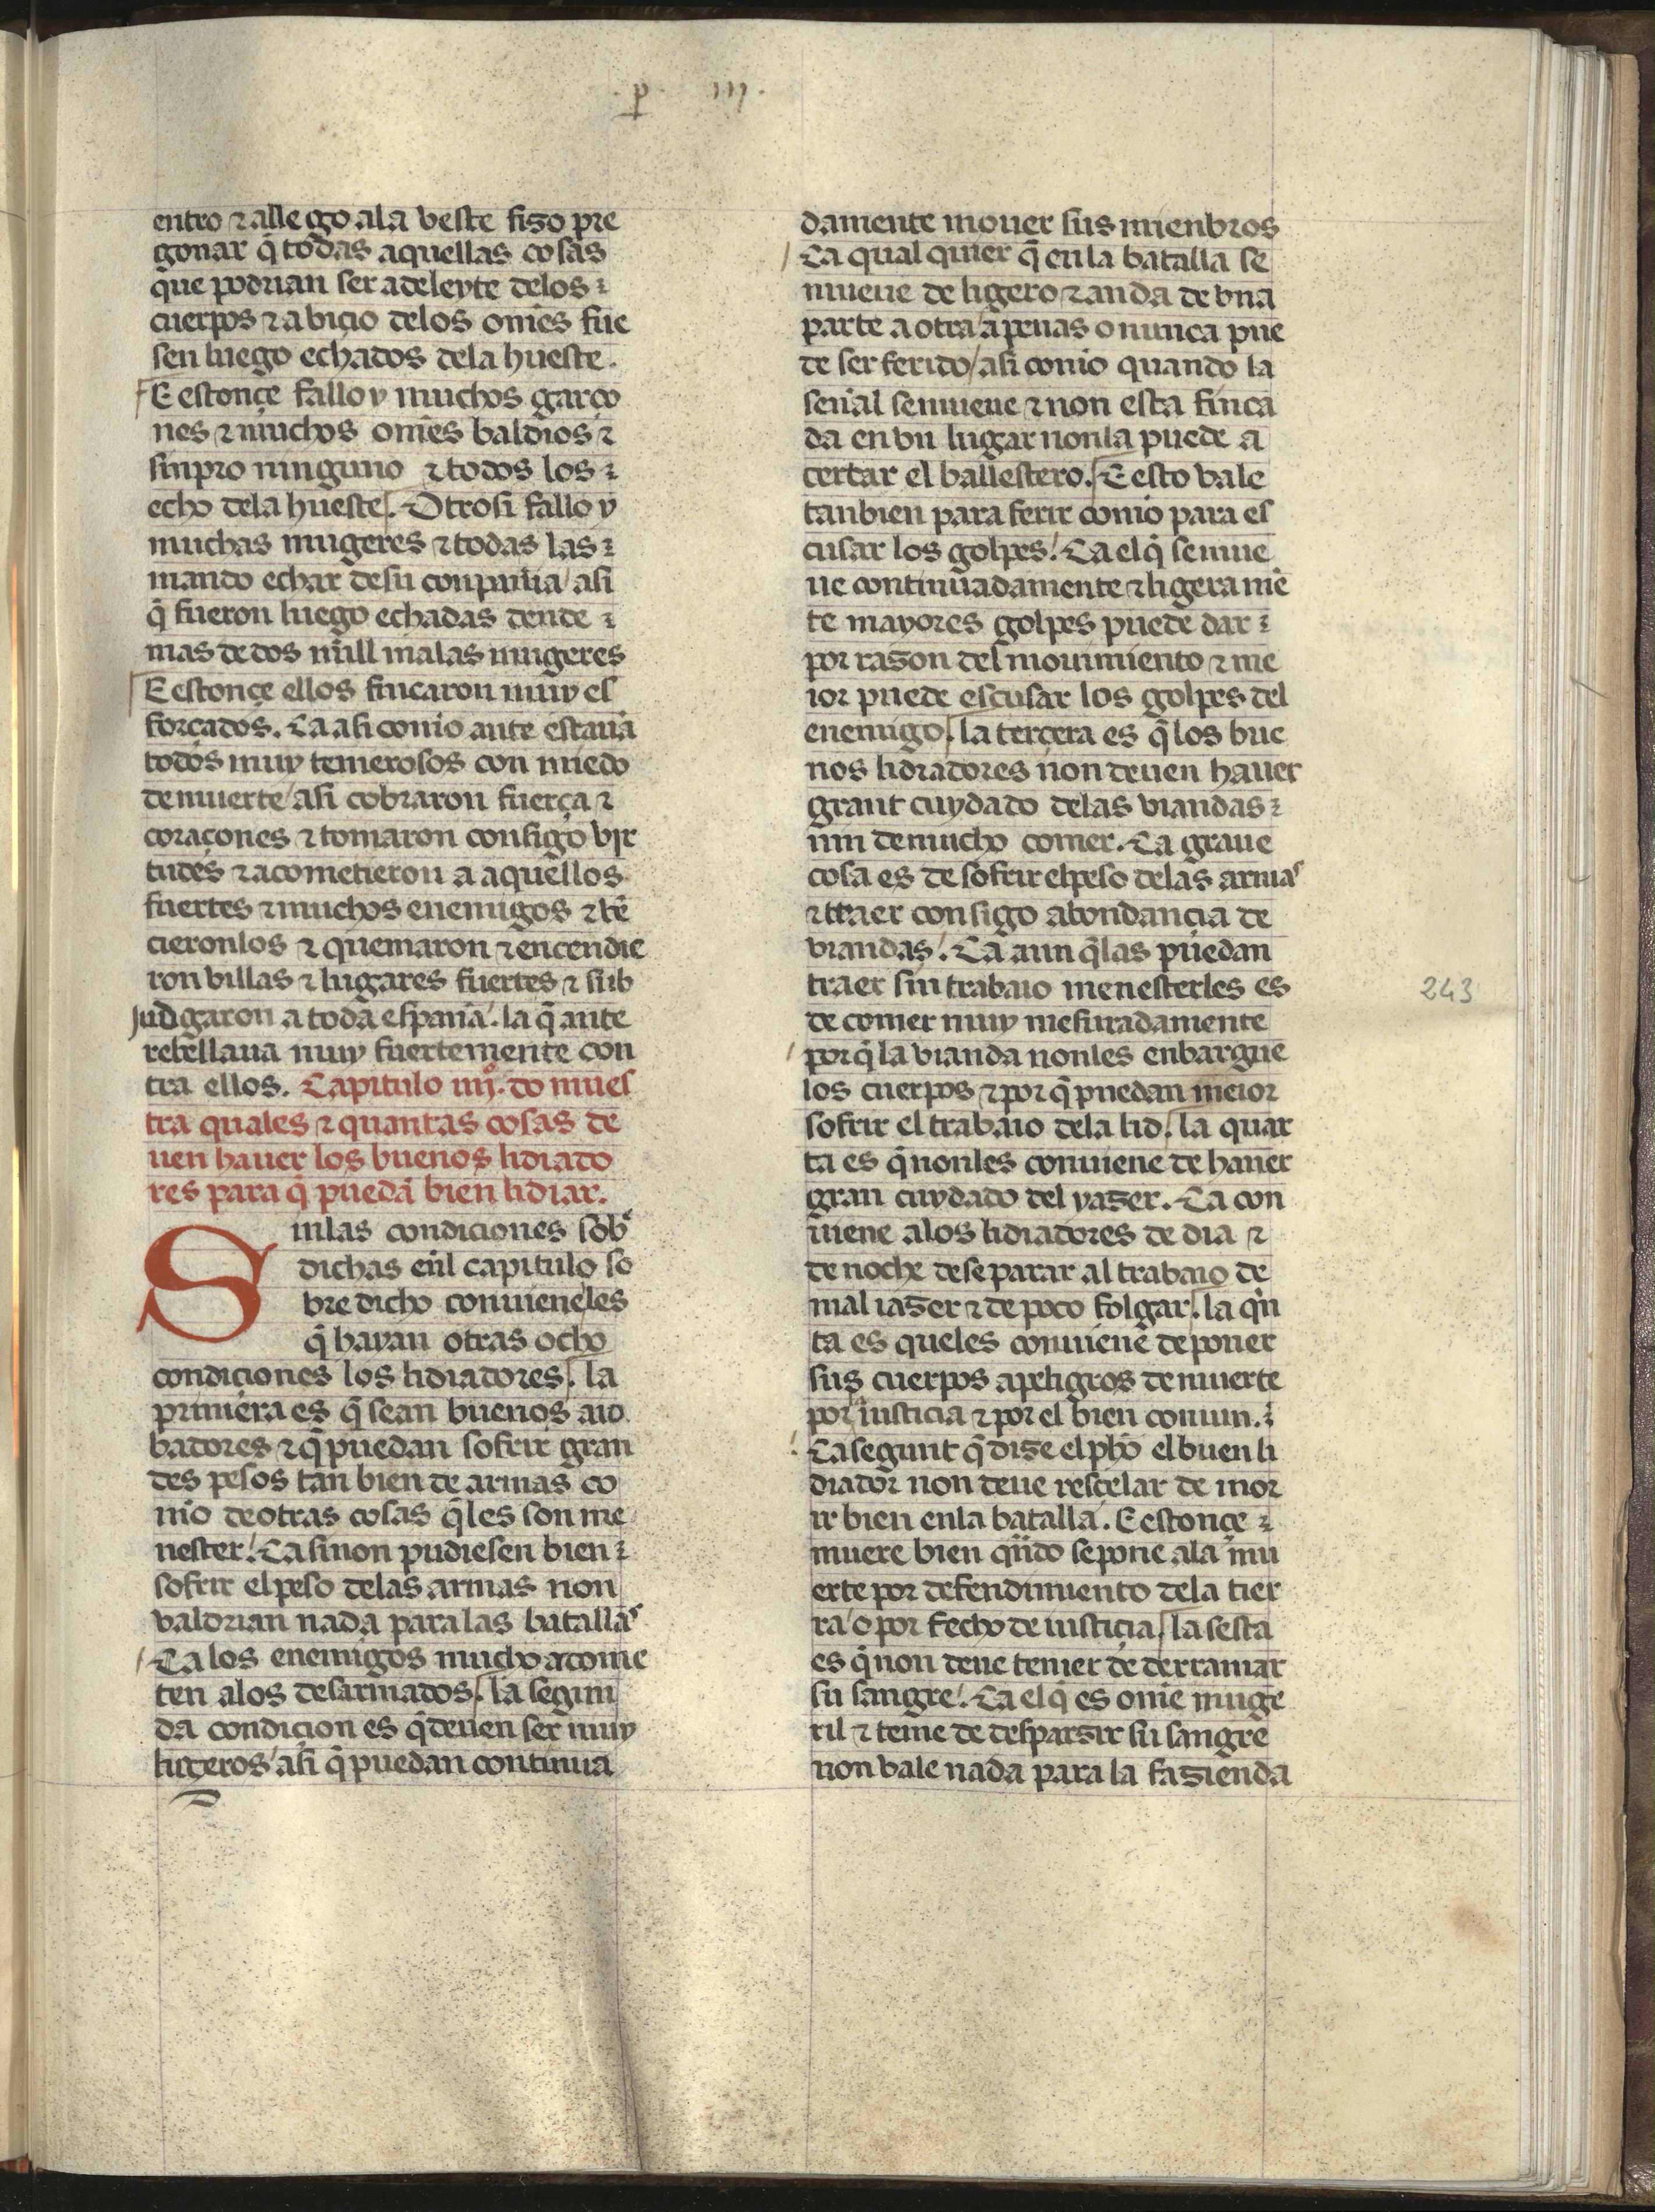
Shelfmark: Madrid, Fundación Lázaro Galdiano, mss 289
Century: 15